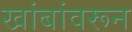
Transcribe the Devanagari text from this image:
खांबांवरून